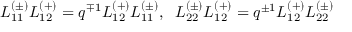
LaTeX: L _ { 1 1 } ^ { ( \pm ) } L _ { 1 2 } ^ { ( + ) } = q ^ { \mp 1 } L _ { 1 2 } ^ { ( + ) } L _ { 1 1 } ^ { ( \pm ) } , \; \; L _ { 2 2 } ^ { ( \pm ) } L _ { 1 2 } ^ { ( + ) } = q ^ { \pm 1 } L _ { 1 2 } ^ { ( + ) } L _ { 2 2 } ^ { ( \pm ) }